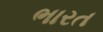
ભારત